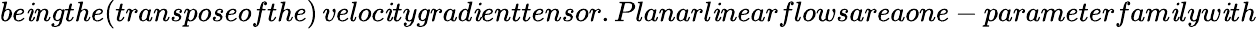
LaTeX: be\mathit{i}ngthe(transposeofthe)\, veloc\mathit{i}tygrad\mathit{i}enttensor.Planarl\mathit{i}nearflowsareaone-parameterfam\mathit{i}lyw\mathit{i}th